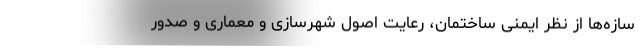
سازه‌ها از نظر ایمنی ساختمان، رعایت اصول شهرسازی و معماری و صدور